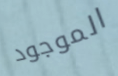
الموجود